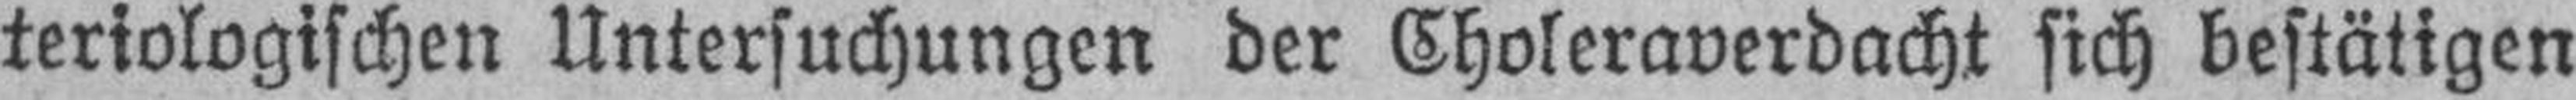
teriologischen Untersuchungen der Choleraverdacht sich bestätigen